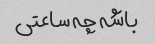
باشه چه ساعتی